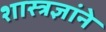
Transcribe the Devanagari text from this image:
शास्त्रज्ञांने